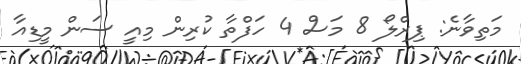
މަތިވާނެ: ޕިރްލޯ 8 މަސް 4 ހަފްތާ ކުރިން މިއީ ސަން މީޑިއާ